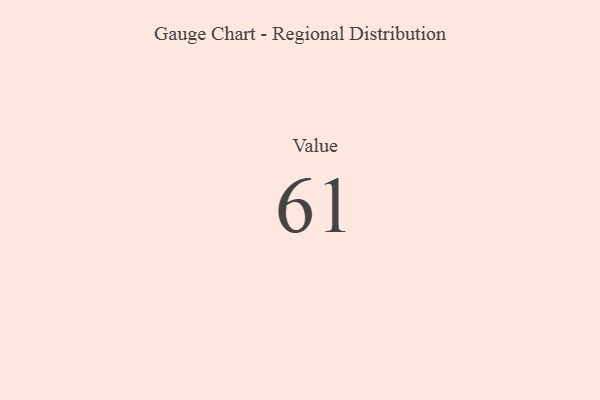
{"axis": {"x": "Metric", "y": "Value"}, "legend": [""], "data": [{"x": "Value", "y": 61, "type": ""}]}